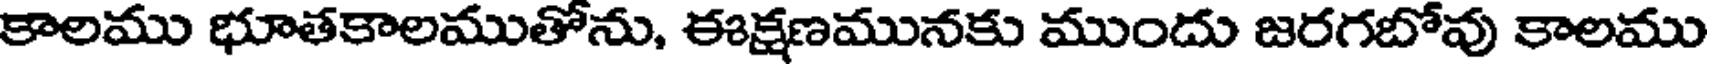
కాలము భూతకాలముతోను, ఈక్షణమునకు ముందు జరగబోవు కాలము